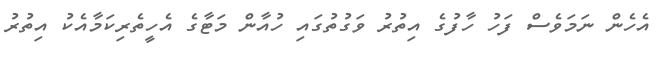
އެހެން ނަމަވެސް ފަހު ހާފުގެ އިތުރު ވަގުތުގައި ހުއާން މަޓާގެ އެހީތެރިކަމާއެކު އިތުރު